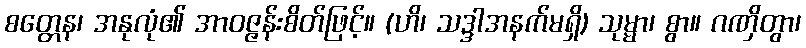
စတ္တေန၊ အနုလုံ၏ အာဝဇ္ဇန်းစိတ်ဖြင့်။ (ဟိ၊ သဒ္ဒါအနက်မရှိ) သုမ္မာ၊ စွာ။ ဂဏှိတွာ၊